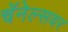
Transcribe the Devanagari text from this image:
चॅनेल्सवर